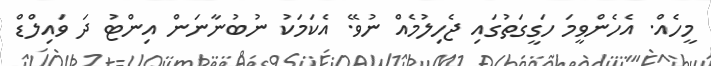
މީހެއް. އެހެންވީމަ ހަގީގަތުގައި ޖެހިލުމެއް ނުވޭ. އެކަމަކު ނުބުނާނަން އިންޓު ދަ ވައިލްޑް